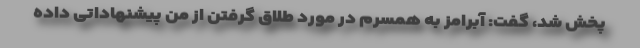
پخش شد، گفت: آبرامز به همسرم در مورد طلاق گرفتن از من پیشنهاداتی داده